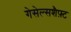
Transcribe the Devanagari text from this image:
गेसेल्सशैफ़्ट